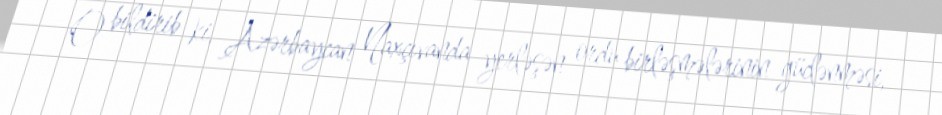
O bildirib ki, Azərbaycan Naxçıvanda yerləşən ordu birləşmələrinin güclənməsi,